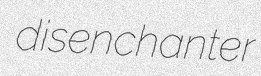
disenchanter